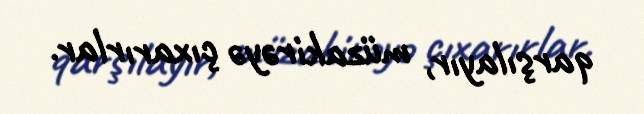
qarşılayır, müzakirəyə çıxarırlar.